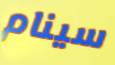
سينام